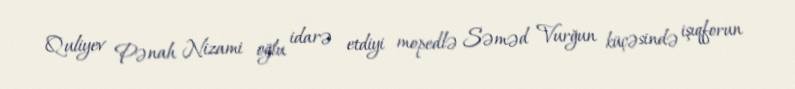
Quliyev Pənah Nizami oğlu idarə etdiyi mopedlə Səməd Vurğun küçəsində işıqforun